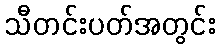
သီတင်းပတ်အတွင်း